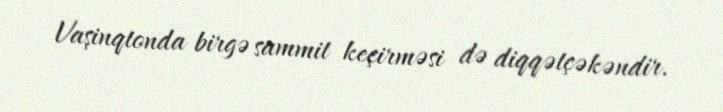
Vaşinqtonda birgə sammit keçirməsi də diqqətçəkəndir.